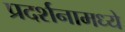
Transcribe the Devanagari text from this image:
प्रदर्शनामध्ये